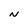
Character: N